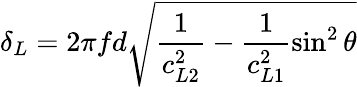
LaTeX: \delta_{L}=2\pi fd\sqrt{\frac{1}{c_{L2}^{2}}-\frac{1}{c_{L1}^{2}}\sin^{2}\theta}